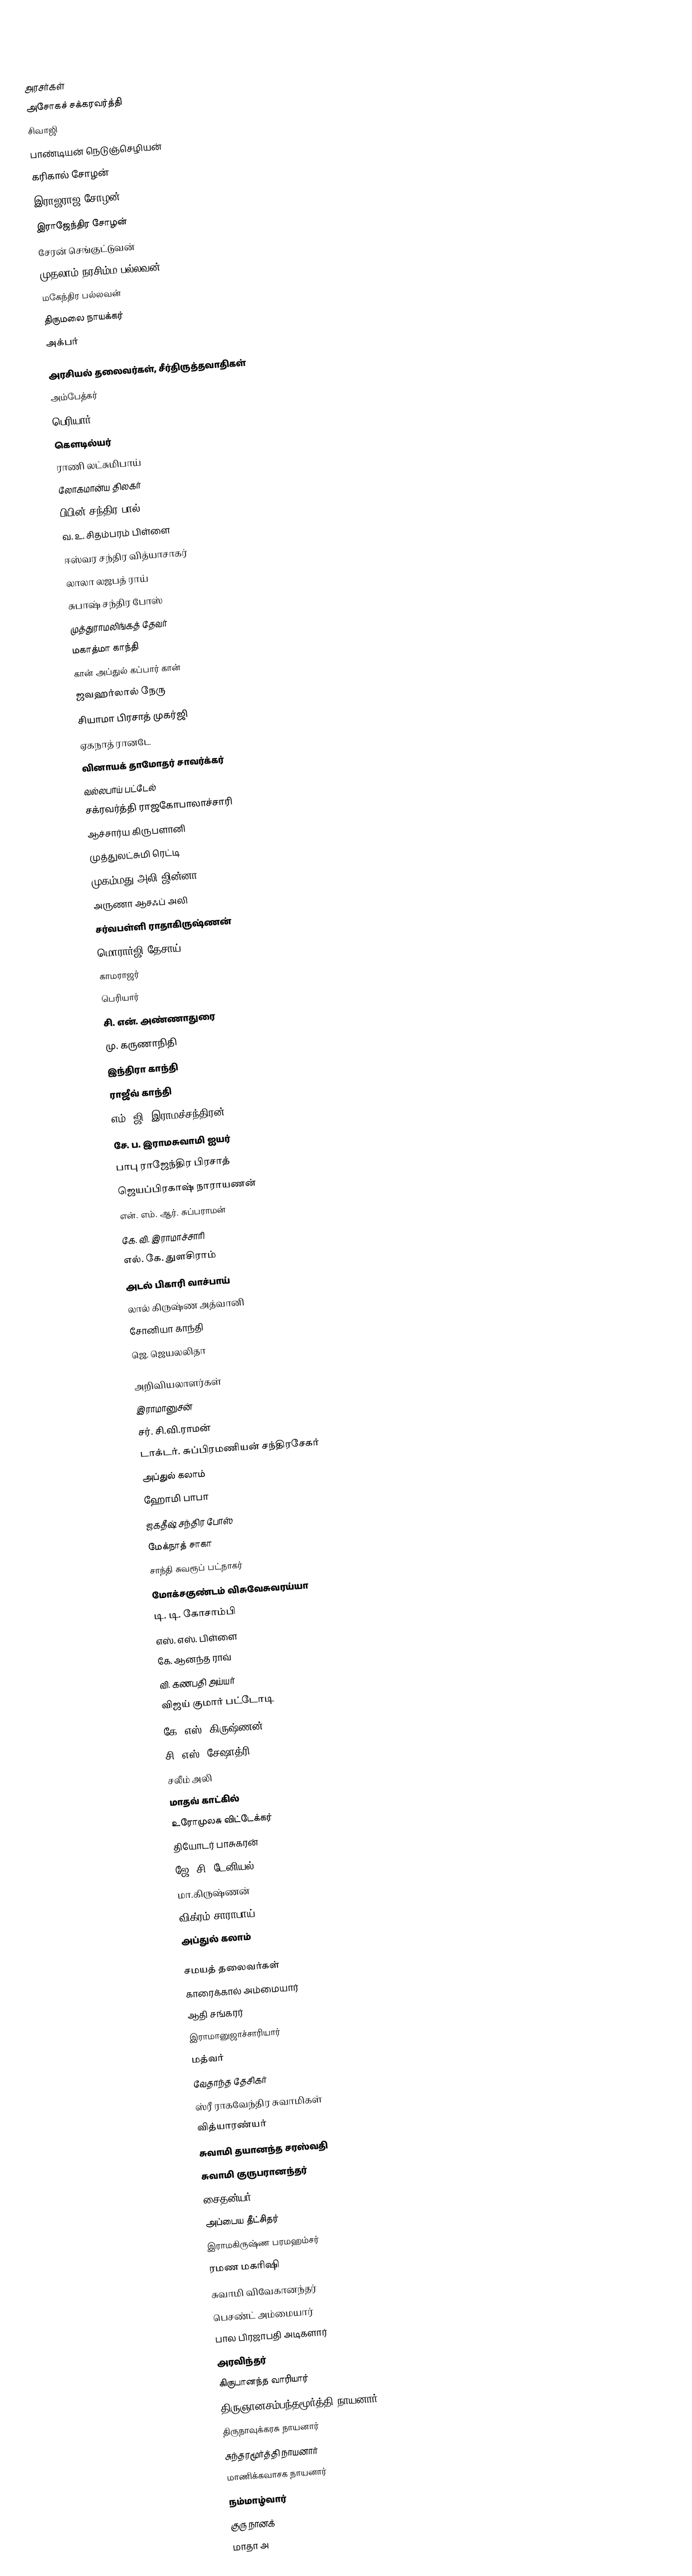

அரசர்கள்
 அசோகச் சக்கரவர்த்தி
 சிவாஜி
 பாண்டியன் நெடுஞ்செழியன்
 கரிகால் சோழன்
 இராஜராஜ சோழன்
 இராஜேந்திர சோழன்
 சேரன் செங்குட்டுவன்
 முதலாம் நரசிம்ம பல்லவன்
 மகேந்திர பல்லவன்
 திருமலை நாயக்கர்
 அக்பர்

அரசியல் தலைவர்கள், சீர்திருத்தவாதிகள்
 அம்பேத்கர்
 பெரியார்
 கௌடில்யர்
 ராணி லட்சுமிபாய்
 லோகமான்ய திலகர்
 பிபின் சந்திர பால்
 வ. உ. சிதம்பரம் பிள்ளை
 ஈஸ்வர சந்திர வித்யாசாகர்
 லாலா லஜபத் ராய்
 சுபாஷ் சந்திர போஸ்
 முத்துராமலிங்கத் தேவர்
 மகாத்மா காந்தி
 கான் அப்துல் கப்பார் கான்
 ஜவஹர்லால் நேரு
 சியாமா பிரசாத் முகர்ஜி
 ஏகநாத் ரானடே
 வினாயக் தாமோதர் சாவர்க்கர்
 வல்லபாய் பட்டேல்
 சக்ரவர்த்தி ராஜகோபாலாச்சாரி
 ஆச்சார்ய கிருபளானி
 முத்துலட்சுமி ரெட்டி
 முகம்மது அலி ஜின்னா
 அருணா ஆசஃப் அலி
 சர்வபள்ளி ராதாகிருஷ்ணன்
 மொரார்ஜி தேசாய்
 காமராஜர்
 பெரியார்
 சி. என். அண்ணாதுரை
 மு. கருணாநிதி
 இந்திரா காந்தி
 ராஜீவ் காந்தி
 எம். ஜி. இராமச்சந்திரன்
 சே. ப. இராமசுவாமி ஐயர்
 பாபு ராஜேந்திர பிரசாத்
 ஜெயப்பிரகாஷ் நாராயணன்
 என். எம். ஆர். சுப்பராமன்
 கே. வி. இராமாச்சாரி
 எல். கே. துளசிராம்
 அடல் பிகாரி வாச்பாய்
 லால் கிருஷ்ண அத்வானி
 சோனியா காந்தி
 ஜெ. ஜெயலலிதா

அறிவியலாளர்கள்
 இராமானுசன்
 சர். சி.வி.ராமன்
 டாக்டர். சுப்பிரமணியன் சந்திரசேகர்
 அப்துல் கலாம்
 ஹோமி பாபா
 ஜகதீஷ் சந்திர போஸ்
 மேக்நாத் சாகா
 சாந்தி சுவரூப் பட்நாகர்
 மோக்சகுண்டம் விசுவேசுவரய்யா
 டி. டி. கோசாம்பி
 எஸ். எஸ். பிள்ளை
 கே. ஆனந்த ராவ்
 வி. கணபதி அய்யர்
 விஜய் குமார் பட்டோடி
 கே. எஸ். கிருஷ்ணன்
 சி. எஸ். சேஷாத்ரி
 சலீம் அலி
 மாதவ் காட்கில்
 உரோமுலசு விட்டேக்கர்
 தியோடர் பாசுகரன்
 ஜே. சி. டேனியல்
 மா.கிருஷ்ணன்
 விக்ரம் சாராபாய்
 அப்துல் கலாம்

சமயத் தலைவர்கள்
 காரைக்கால் அம்மையார்
 ஆதி சங்கரர்
 இராமானுஜாச்சாரியார்
 மத்வர்
 வேதாந்த தேசிகர்
 ஸ்ரீ ராகவேந்திர சுவாமிகள்
 வித்யாரண்யர்
 சுவாமி தயானந்த சரஸ்வதி
 சுவாமி குருபரானந்தர்
 சைதன்யர்
 அப்பைய தீட்சிதர்
 இராமகிருஷ்ண பரமஹம்சர்
 ரமண மகரிஷி
 சுவாமி விவேகானந்தர்
 பெசண்ட் அம்மையார்
 பால பிரஜாபதி அடிகளார்
 அரவிந்தர்
 கிருபானந்த வாரியார்
 திருஞானசம்பந்தமூர்த்தி நாயனார்
 திருநாவுக்கரசு நாயனார்
 சுந்தரமூர்த்தி நாயனார்
 மாணிக்கவாசக நாயனார்
 நம்மாழ்வார்
 குரு நானக்
 மாதா அ